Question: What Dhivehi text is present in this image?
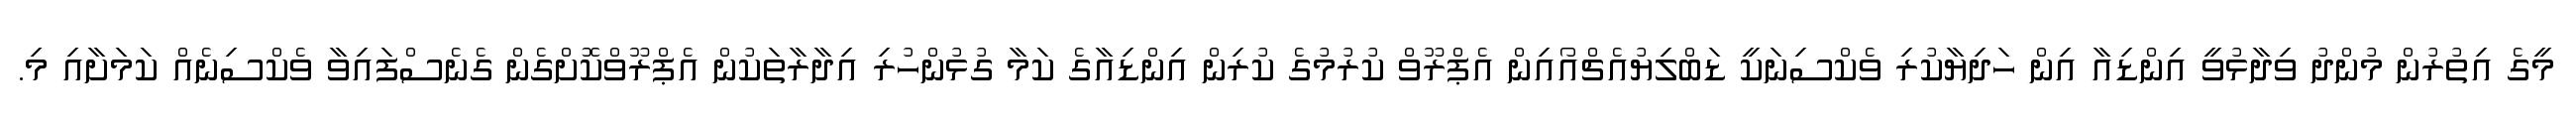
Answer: މީގެ އިތުރުން މުންދު ވިދާޅުވީ އިންޑިއާ އިން ހަދިޔާކުރި ވެކްސިނަކީ ޑަބްލިޔުއެޗްއޯއިން އެޕްރޫވް ކުރުމުގެ ކުރިން އިންޑިއާގެ ކަމާ ގުޅުންހުރި އިދާރާތަކުން އެޕްރޫވްކޮށްގެން ގެނެސްފައިވާ ވެކްސިނެއް ކަމަށާއި މި.